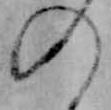
の